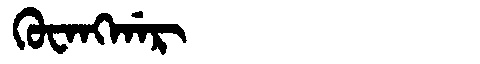
Manchu: ᡴᡠᠸᠠᠩᡤᠠᡵ
Romanization: KUWANGGAR